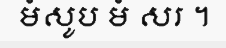
មំសូប មំ សរ ។